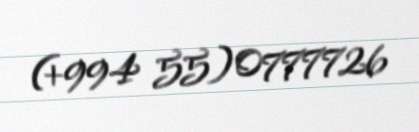
(+994 55)0777726